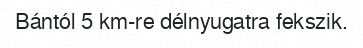
Bántól 5 km-re délnyugatra fekszik.